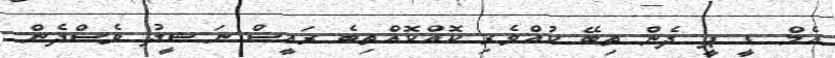
އެމް ޑީ ޕީ ދެން ތިބޭ ކުއްވެރި ކޮއްކޮއްތިބެ ރައީސް ނަޝީދު ވެސްދެން